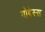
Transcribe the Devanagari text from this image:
गोद्देस्स